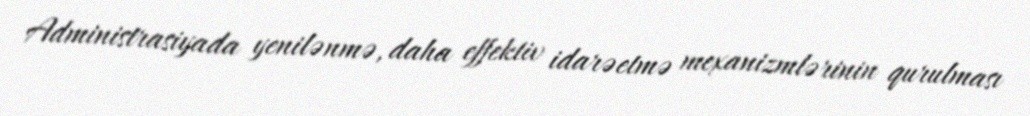
Administrasiyada yenilənmə, daha effektiv idarəetmə mexanizmlərinin qurulması